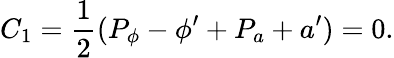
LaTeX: C_{1}={\frac{1}{2}}(P_{\phi}-\phi^{\prime}+{P_{a}+a^{\prime}})=0.